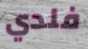
فلدي